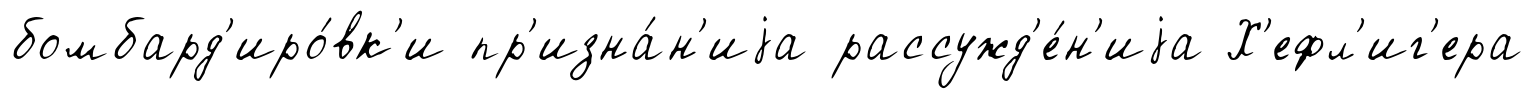
бомбард'иро́вк'и пр'изна́н'иjа рассужд'е́н'иjа Х'ефл'иг'ера